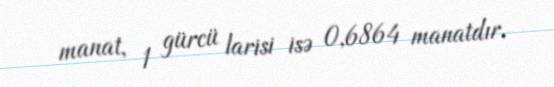
manat, 1 gürcü larisi isə 0,6864 manatdır.